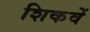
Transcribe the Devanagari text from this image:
शिकवें